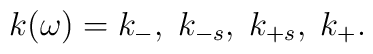
k(\omega)=k_{-},\; k_{-s}, \; k_{+s}, \; k_{+}.